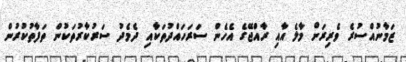
ޒަމާނުއްސުރެ ވެރިރަށް މާލެ އާއި ރާއްޖޭގެ އެހެން ސަރަހައްދުތަކާއި ދެމެދު ސަރުކާރުތަކުން ތަފާތުކުރުން